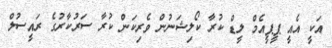
އަކީ އެއީ ޕީޕީއެމް ލީޑް ކުރާ ކޯލިޝަނުން ވެރިކަން ކުރާ ސަރުކާރުގެ ރައީސުލް